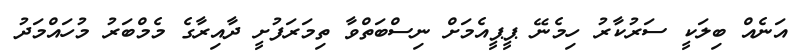
އަނެއް ބިލަކީ ސަރުކާރު ހިމެނޭ ޕީޕީއެމަށް ނިސްބަތްވާ ތިމަރަފުށީ ދާއިރާގެ މެމްބަރު މުހައްމަދު